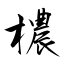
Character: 檂